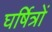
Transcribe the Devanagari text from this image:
घर्षित्रों